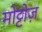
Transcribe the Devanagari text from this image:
मोट्टोज़